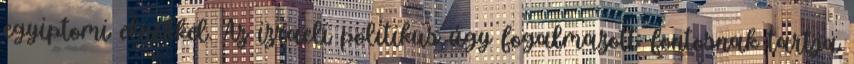
egyiptomi elnökkel. Az izraeli politikus úgy fogalmazott: fontosnak tartja